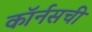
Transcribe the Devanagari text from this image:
कॉर्नसची